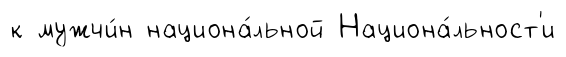
к мужчи́н национа́льной Национа́льност'и